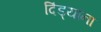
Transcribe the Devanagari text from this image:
दिंड्यांना